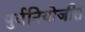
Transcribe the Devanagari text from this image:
पुर्वनियोजीत